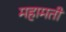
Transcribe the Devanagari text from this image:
महामती